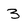
Character: 3